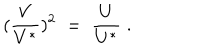
LaTeX: ( \frac { V } { V ^ { * } } ) ^ { 2 } \; = \; \frac { U } { U ^ { * } } \; .